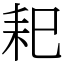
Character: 𦓨